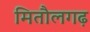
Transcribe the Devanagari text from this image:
मितौलगढ़